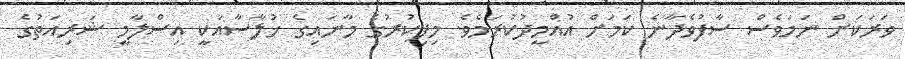
ވަރަކަށް ނަމަވެސް ސާފުވެދާނެ ކަމަށް އުއްމީދުކުރަމެވެ. މިފިކުރުގެ މާނައިގެ ޚުލާސާއަކީ އިސްލާމީ ޝަރިއަތުގެ